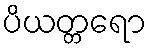
ပိယတ္တရော